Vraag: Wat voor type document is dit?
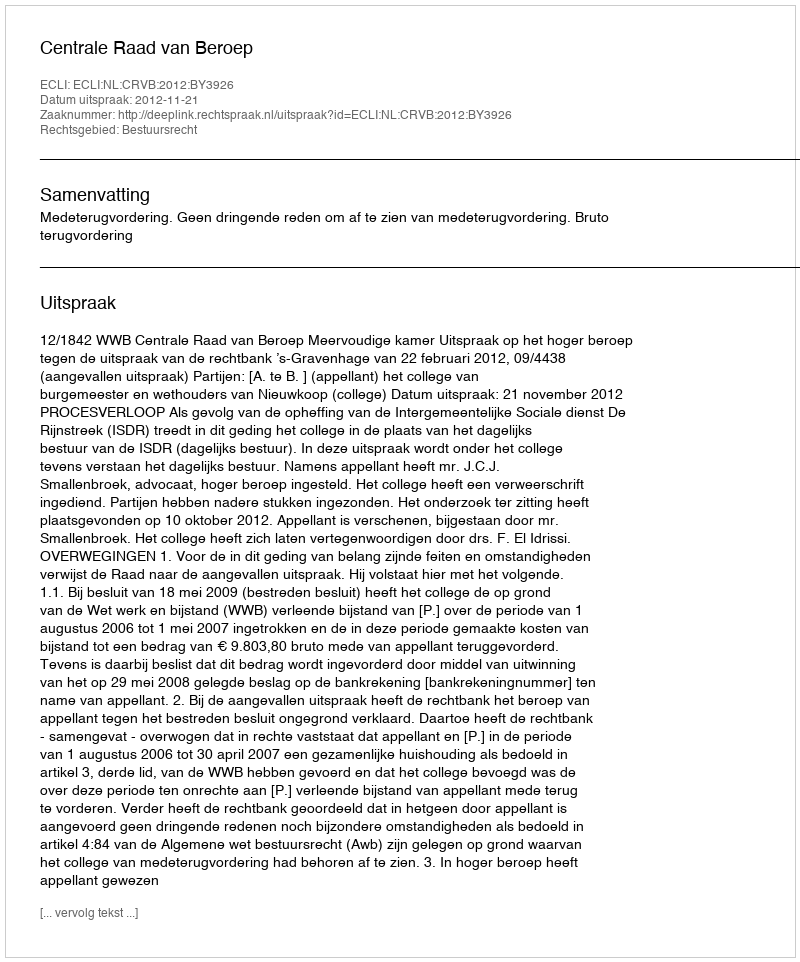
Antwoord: Uitspraak